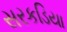
સરકડિયા